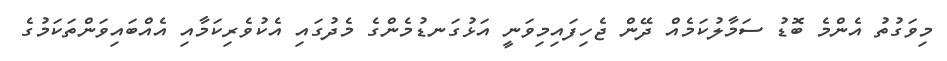
މިވަގުތު އެންމެ ބޮޑު ސަމާލުކަމެއް ދޭން ޖެހިފައިމިވަނީ އަޅުގަނޑުމެންގެ މެދުގައި އެކުވެރިކަމާއި އެއްބައިވަންތަކަމުގެ